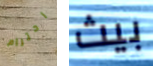
احترام بيث